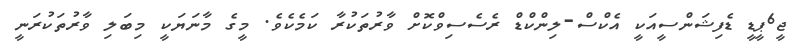
ޖީ6ޕީޑީ ޑެފިޝަންސީއަކީ އެކްސް-ލިންކްޑް ރެސެސިވްކޮށް ވާރުތަކުރާ ކަމެކެވެ. މީގެ މާނަޔަކީ މިބަލި ވާރުތަކުރަނީ